Leaving Certificate Examination (including Day School Certificate (Higher) General paper), 1937
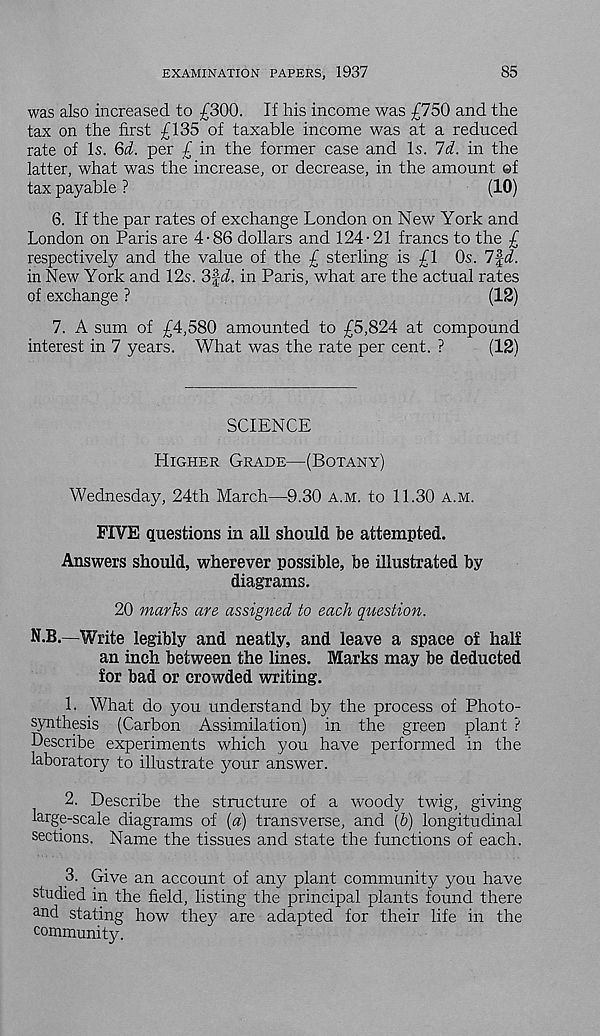
EXAMINATION PAPERS, 1937
85
was also increased to £300. If his income was £750 and the
tax on the first £135 of taxable income was at a reduced
rate of Is. Qd. per £ in the former case and Is. Id. in the
latter, what was the increase, or decrease, in the amount ©f
tax payable ?
(10)
6. If the par rates of exchange London on New York and
London on Paris are 4-86 dollars and 124-21 francs to the £
respectively and the value of the £ sterling is £1 Os. 7%d.
in New York and 12s. 3fL in Paris, what are the actual rates
of exchange ?
(12)
7. A sum of £4,580 amounted to £5,824 at compound
interest in 7 years. What was the rate per cent. ?
(12)
SCIENCE
Higher Grade—(Botany)
Wednesday, 24th March—9.30 a.m. to 11.30 a.m.
FIVE questions in all should be attempted.
Answers should, wherever possible, be illustrated by
diagrams.
20 marks are assigned to each question.
N.B.—Write legibly and neatly, and leave a space of half
an inch between the lines. Marks may be deducted
for bad or crowded writing.
1. What do you understand by the process of Photo-
synthesis (Carbon Assimilation) in the green plant ?
Describe experiments which you have performed in the
laboratory to illustrate your answer.
2. Describe the structure of a woody twig, giving
large-scale diagrams of (a) transverse, and (&) longitudinal
sections. Name the tissues and state the functions of each.
3. Give an account of any plant community you have
studied in the field, listing the principal plants found there
a nd stating how they are adapted for their life in the
community.